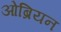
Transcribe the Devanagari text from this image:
ओब्रियन